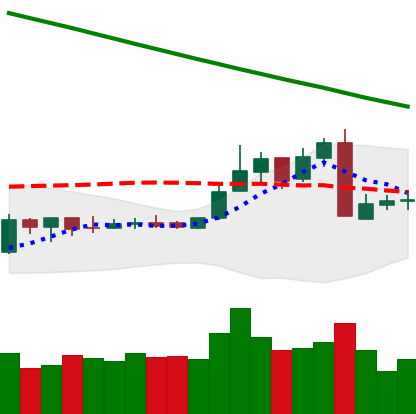
Ticker: ETC-USD
Chart end date: 2019-02-27
Forward return: -3.974%
Label: down_3_5